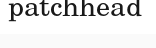
patchhead